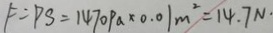
F = P S = 1 4 7 0 P a \times 0 . 0 1 m ^ { 2 } = 1 4 . 7 N \cdot